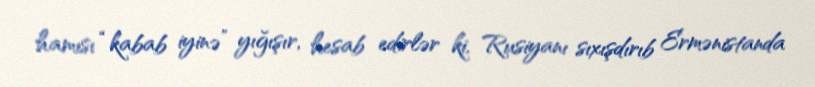
hamısı “kabab iyinə” yığışır, hesab edirlər ki, Rusiyanı sıxışdırıb Ermənistanda